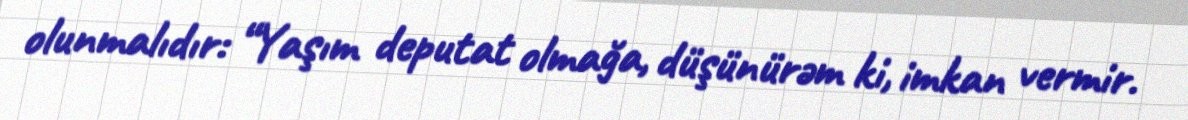
olunmalıdır: “Yaşım deputat olmağa, düşünürəm ki, imkan vermir.